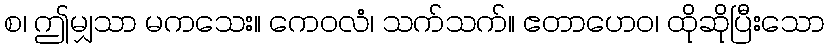
စ၊ ဤမျှသာ မကသေး။ ကေဝလံ၊ သက်သက်။ ဧတာဟေဝ၊ ထိုဆိုပြီးသော